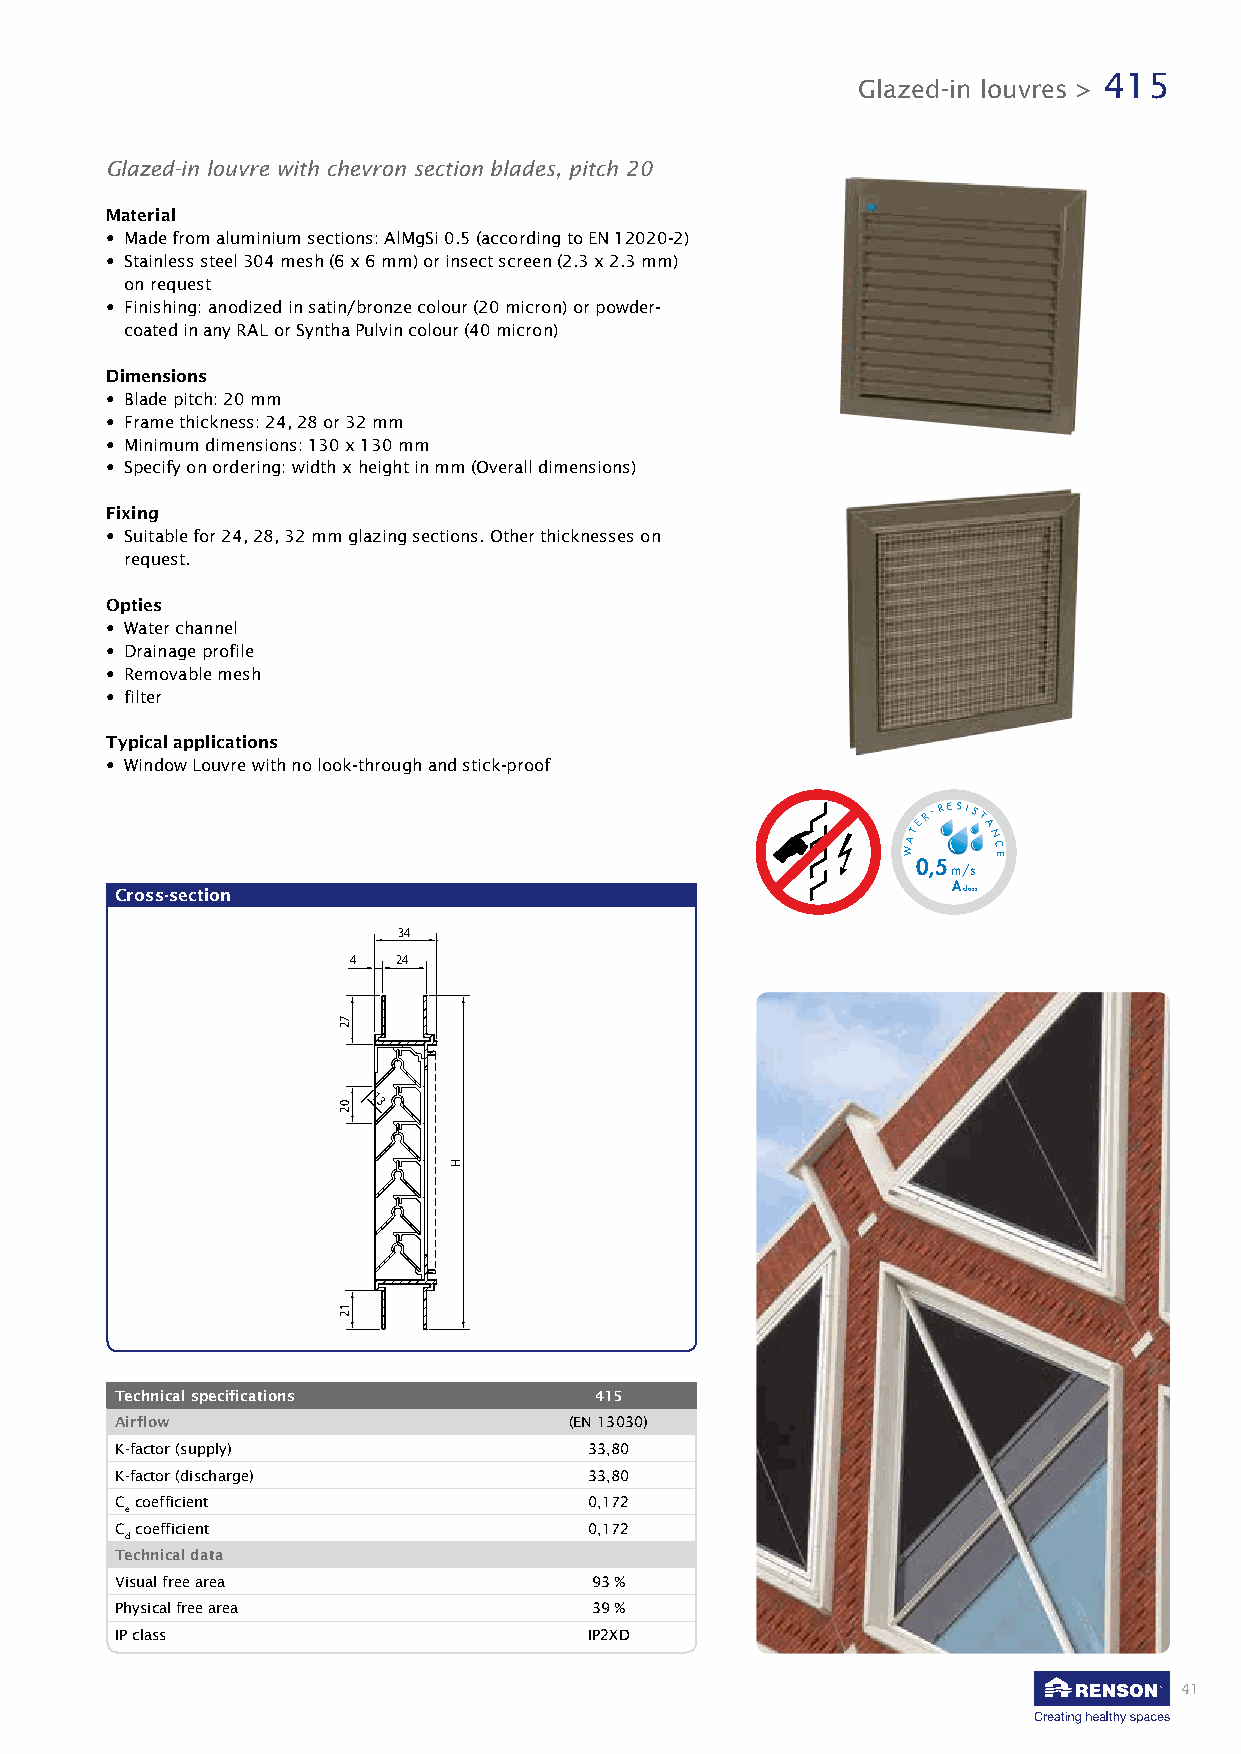
415
 Glazed-in louvres >
 Glazed-in louvre with chevron section blades, pitch 20
 Material
 • Made from aluminium sections: AlMgSi 0.5 (according to EN 12020-2)
 • Stainless steel 304 mesh (6 x 6 mm) or insect screen (2.3 x 2.3 mm)
 on request
 • Finishing: anodized in satin/bronze colour (20 micron) or powder-
 coated in any RAL or Syntha Pulvin colour (40 micron)
 Dimensions
 • Blade pitch: 20 mm
 • Frame thickness: 24, 28 or 32 mm
 • Minimum dimensions: 130 x 130 mm
 • Specify on ordering: width x height in mm (Overall dimensions)
 Fixing
 • Suitable for 24, 28, 32 mm glazing sections. Other thicknesses on
 request.
 Opties
 • Water channel
 • Drainage profile
 • Removable mesh
 • filter
 Typical applications
 • Window Louvre with no look-through and stick-proof
 ATER-RESIST
 A
 N
 W     C E
 Cross-section
 0 ,5
 m
 A
 / clas
 ss
 34
 4  24
 13
 Technical specifications       415
 Airflow                       (EN 13030)
 K-factor (supply)              33,80
 K-factor (discharge)           33,80
 C coefficient                  0,172
 e
 C coefficient                  0,172
 d
 Technical data
 Visual free area               93 %
 Physical free area             39 %
 IP class                       IP2XD
 41
 72
 02
 12
 H